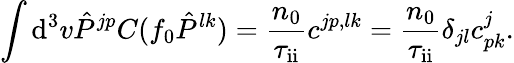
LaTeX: \int\mathrm{d}^{3}v\hat{P}^{jp}C(f_{0}\hat{P}^{lk})=\frac{n_{0}}{\tau_{\mathrm{ii}}}c^{jp,lk}=\frac{n_{0}}{\tau_{\mathrm{ii}}}\delta_{jl}c_{pk}^{j}.